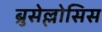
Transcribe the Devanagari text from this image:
ब्रुसेल्लोसिस